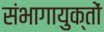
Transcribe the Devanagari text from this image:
संभागायुक्तों